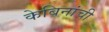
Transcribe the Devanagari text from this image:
केबिनांची